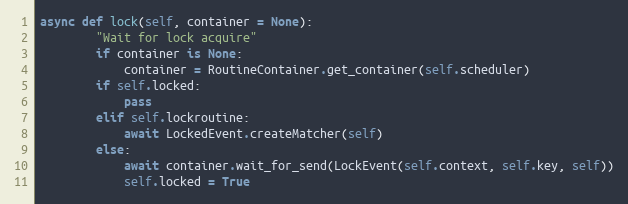
Language: Python
async def lock(self, container = None):
        "Wait for lock acquire"
        if container is None:
            container = RoutineContainer.get_container(self.scheduler)
        if self.locked:
            pass
        elif self.lockroutine:
            await LockedEvent.createMatcher(self)
        else:
            await container.wait_for_send(LockEvent(self.context, self.key, self))
            self.locked = True